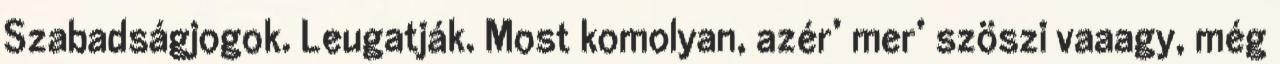
Szabadságjogok. Leugatják. Most komolyan, azér’ mer’ szöszi vaaagy, még